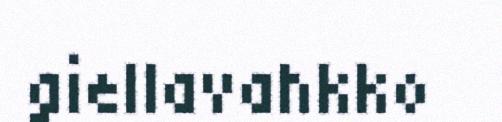
giellavahkko